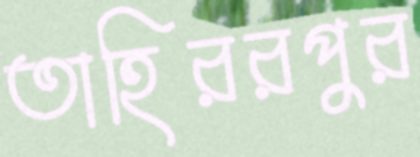
তাহিররপুর